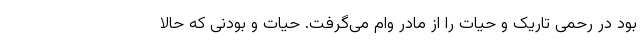
بود در رحمی تاریک و حیات را از مادر وام می‌گرفت. حیات و بودنی که حالا